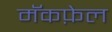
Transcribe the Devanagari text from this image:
मॅकफ़ेल